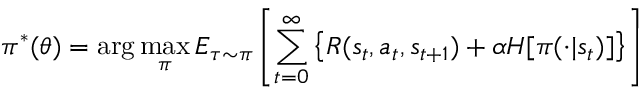
\pi ^ { * } ( \theta ) = \arg \operatorname* { m a x } _ { \pi } E _ { \tau \sim \pi } \left[ \sum _ { t = 0 } ^ { \infty } \left\{ R ( s _ { t } , a _ { t } , s _ { t + 1 } ) + \alpha H [ \pi ( \cdot | s _ { t } ) ] \right\} \right]